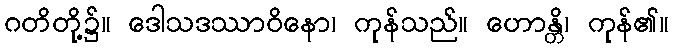
ဂတိတို့၌။ ဒေါသဒဿာဝိနော၊ ကုန်သည်။ ဟောန္တိ၊ ကုန်၏။